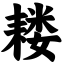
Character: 耧